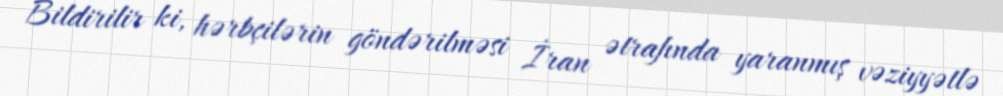
Bildirilir ki, hərbçilərin göndərilməsi İran ətrafında yaranmış vəziyyətlə